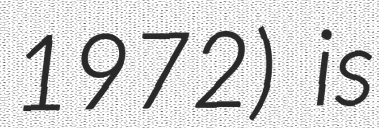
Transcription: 1972) is